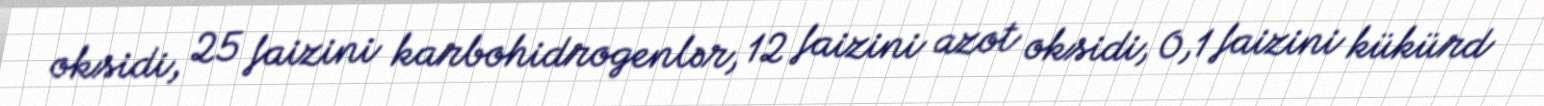
oksidi, 25 faizini karbohidrogenlər, 12 faizini azot oksidi, 0,1 faizini kükürd